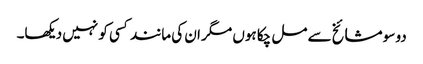
دو سو مشائخ سے مل چکا ہوں مگر ان کی مانند کسی کو نہیں دیکھا۔